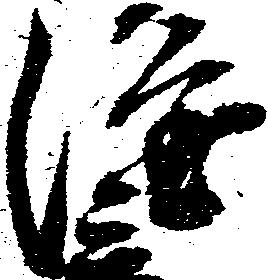
隆